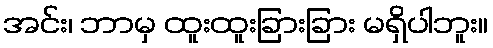
အင်း၊ ဘာမှ ထူးထူးခြားခြား မရှိပါဘူး။